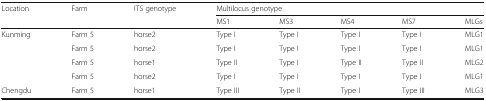
| <ROWSPAN=2> Location | <ROWSPAN=2> Farm | <ROWSPAN=2> ITS genotype | <COLSPAN=5> Multilocus genotype |
 | MS1 | MS3 | MS4 | MS7 | MLGs |
 | --- | --- | --- | --- | --- | --- | --- | --- |
 | <ROWSPAN=4> Kunming | Farm 5 | horse2 | Type I | Type I | Type I | Type I | MLG1 |
 | Farm 5 | horse2 | Type I | Type I | Type I | Type I | MLG1 |
 | Farm 5 | horse1 | Type II | Type I | Type II | Type II | MLG2 |
 | Farm 5 | horse2 | Type I | Type I | Type I | Type I | MLG1 |
 | Chengdu | Farm 5 | horse1 | Type III | Type II | Type I | Type III | MLG3 |